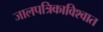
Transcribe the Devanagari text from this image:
जालपत्रिकाविश्वात